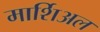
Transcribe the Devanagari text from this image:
मार्शिअल